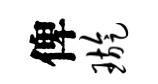
俾璇